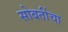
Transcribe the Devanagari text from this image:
सोबतींचा